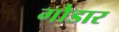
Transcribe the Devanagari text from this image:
गौडार